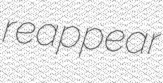
reappear